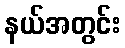
နယ်အတွင်း